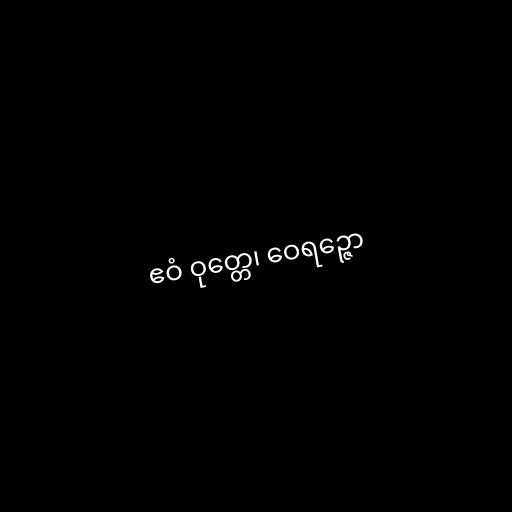
ဧဝံ ဝုတ္တေ၊ ဝေရဉ္ဇော